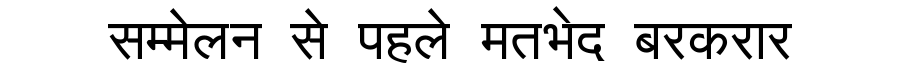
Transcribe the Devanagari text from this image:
सम्मेलन से पहले मतभेद बरकरार